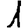
Digit: 1